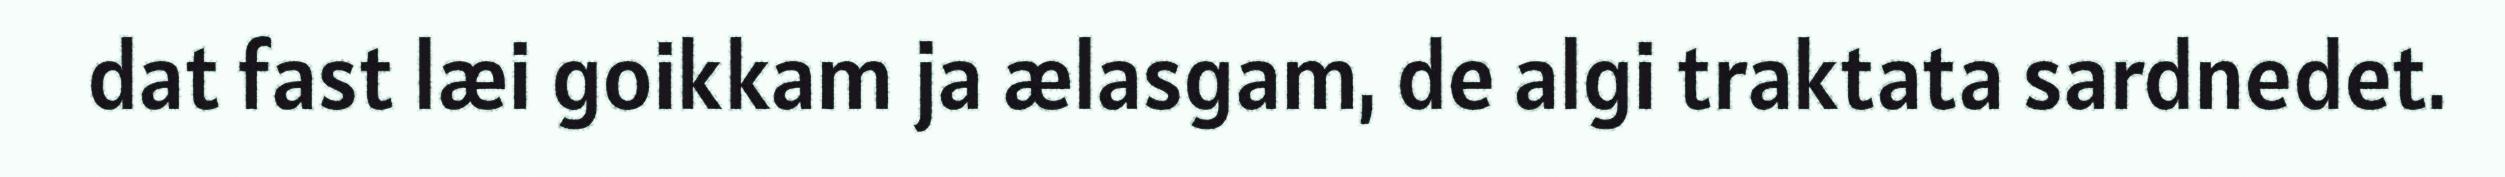
dat fast læi goikkam ja ælasgam, de algi traktata sardnedet.